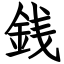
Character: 銭